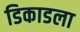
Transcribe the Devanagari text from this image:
डिकाडला